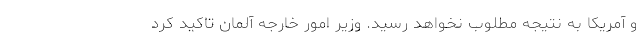
و آمریکا به نتیجه مطلوب نخواهد رسید. وزیر امور خارجه آلمان تاکید کرد